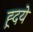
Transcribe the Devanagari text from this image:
ह्र्दये